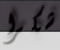
شكرا